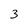
Character: 3